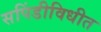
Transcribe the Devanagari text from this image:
सपिंडीविधीत